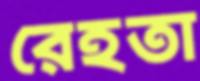
রেহতা